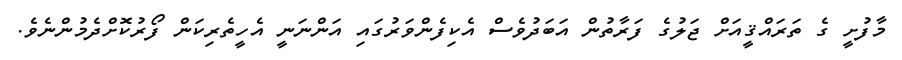
މާފުށީ ގެ ތަރައްޤީއަށް ޖަލުގެ ފަރާތުން އަބަދުވެސް އެކިފެންވަރުގައި އަންނަނީ އެހީތެރިކަން ފޯރުކޮށްދެމުންނެވެ.